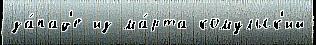
за́пад'е из ма́рта комульск'ий